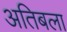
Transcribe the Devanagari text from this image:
अतिबला